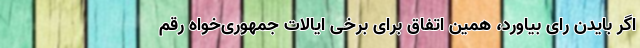
اگر بایدن رای بیاورد، همین اتفاق برای برخی ایالات جمهوری‌خواه رقم